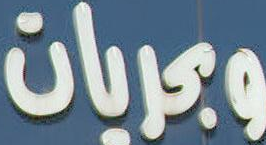
وبحريات